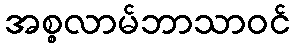
အစ္စလာမ်ဘာသာဝင်